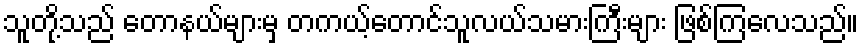
သူတို့သည် တောနယ်များမှ တကယ့်တောင်သူလယ်သမားကြီးများ ဖြစ်ကြလေသည်။